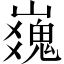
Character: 𪩜